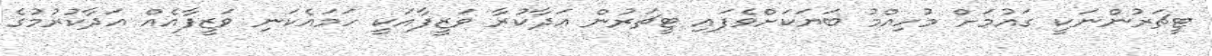
ޓީޗަރުންނަކީ ގައުމަށް މުހިއްމު ބަޔަކަށްވެފައި ޓީޗަރުން އަދާކުރާ ވަޒީފާއަކީ ހަމައެކަނި ވަޒީފާއެއް އަދާކުރުމުގެ